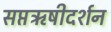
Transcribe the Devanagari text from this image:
सप्तऋषीदर्शन